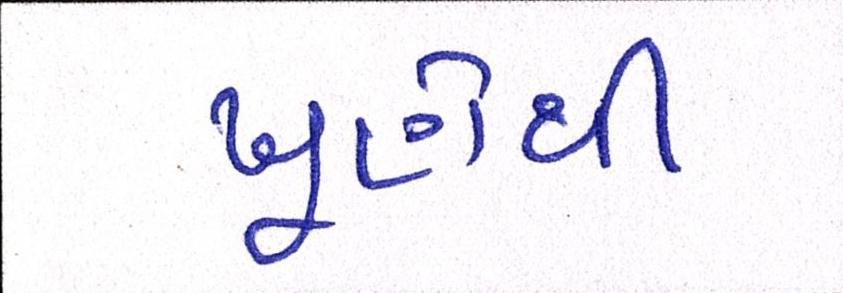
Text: ખૂણેથી